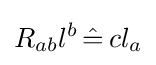
R_{ab}l^{b}\,{\hat {=}}\,cl_{a}